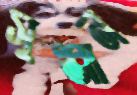
সুঞ্জান